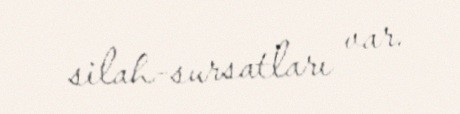
silah-sursatları var.